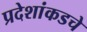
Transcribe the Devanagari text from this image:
प्रदेशांकडचे